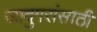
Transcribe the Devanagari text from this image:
जादुगरांसाठी